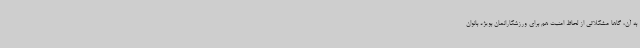
به آن، گاها مشکلاتی از لحاظ امنیت هم برای ورزشکارانمان بویژه بانوان